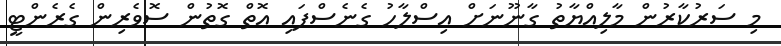
މި ސަރުކާރުން މާލިއްޔާތު ގާނޫނަށް އިސްލާހު ގެނެސްފައި އޮތް ގޮތުން ސޮވެރިން ގެރެންޓީ